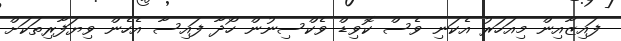
ފައިޒާއިން މިއަހަރު އެކަނި ވެސް ކޮވިޑް ވެކްސިނުން ހޯދާ ފައިސާ އެހެން ވިޔަފާރިތަކަށް